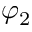
\varphi _ { 2 }